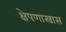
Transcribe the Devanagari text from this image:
क्षेपणास्त्रास